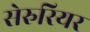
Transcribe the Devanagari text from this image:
सेरुरियर